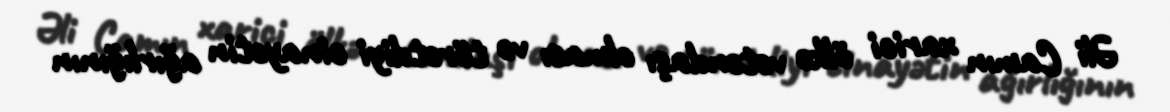
Əli Camın xarici ölkə vətəndaşı olması və törətdiyi cinayətin ağırlığının